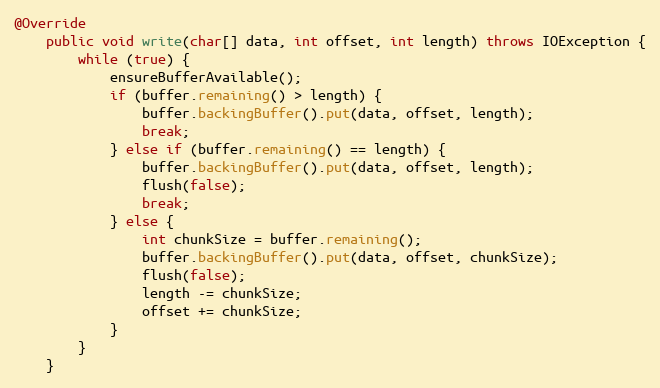
Language: Java
@Override
    public void write(char[] data, int offset, int length) throws IOException {
        while (true) {
            ensureBufferAvailable();
            if (buffer.remaining() > length) {
                buffer.backingBuffer().put(data, offset, length);
                break;
            } else if (buffer.remaining() == length) {
                buffer.backingBuffer().put(data, offset, length);
                flush(false);
                break;
            } else {
                int chunkSize = buffer.remaining();
                buffer.backingBuffer().put(data, offset, chunkSize);
                flush(false);
                length -= chunkSize;
                offset += chunkSize;
            }
        }
    }